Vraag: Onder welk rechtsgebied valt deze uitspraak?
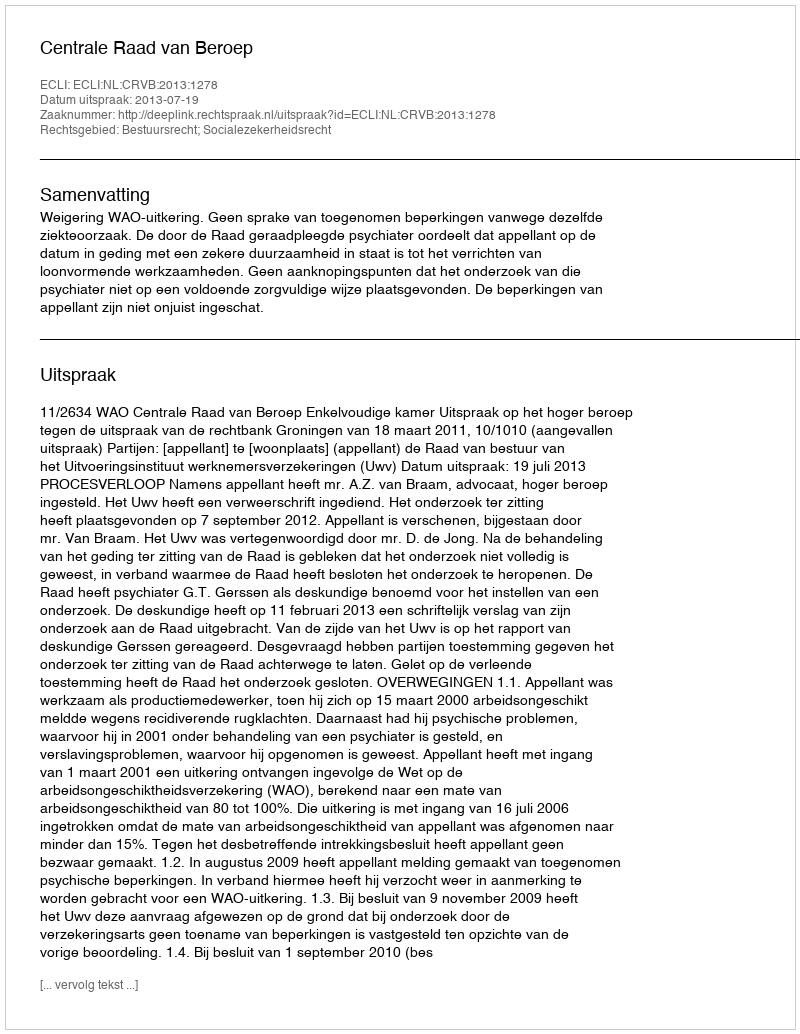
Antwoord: Bestuursrecht; Socialezekerheidsrecht